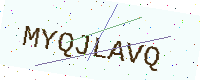
Text: MYQJLAVQ